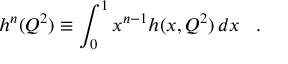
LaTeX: h ^ { n } ( Q ^ { 2 } ) \equiv \int _ { 0 } ^ { 1 } x ^ { n - 1 } h ( x , Q ^ { 2 } ) \, d x \; \; \; .